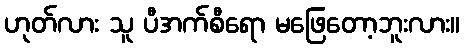
ဟုတ်လား သူ ပီအက်စီရော မဖြေတော့ဘူးလား။